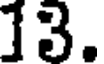
13.